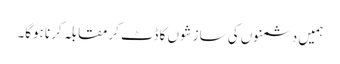
ہمیں دشمنوں کی سازشوں کا ڈٹ کرمقابلہ کرنا ہوگا۔